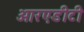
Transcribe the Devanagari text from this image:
आरएडीटी